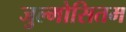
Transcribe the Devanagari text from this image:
जुल्मोसितम